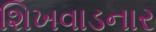
શિખવાડનાર